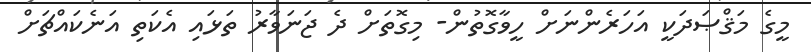
މީގެ މަޤްޞަދަކީ އަހަރެންނަށް ހީވާގޮތުން- މިގޮތަށް ދެ ޖަނަވާރު ތަޅައި އެކަތި އަނެކައްޗަށް